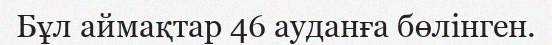
Бұл аймақтар 46 ауданға бөлінген.